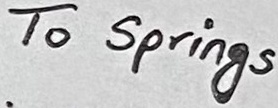
Text: To Springs